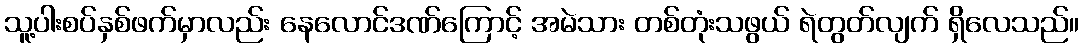
သူ့ပါးစပ်နှစ်ဖက်မှာလည်း နေလောင်ဒဏ်ကြောင့် အမဲသား တစ်တုံးသဖွယ် ရဲတွတ်လျက် ရှိလေသည်။